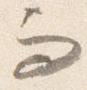
而